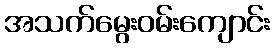
အသက်မွေးဝမ်းကျောင်း